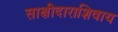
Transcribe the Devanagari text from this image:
साक्षीदाराशिवाय